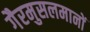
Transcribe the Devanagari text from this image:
गैरमुसलमानों